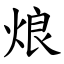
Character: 烺